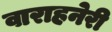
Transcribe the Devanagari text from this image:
वाराहनेरी